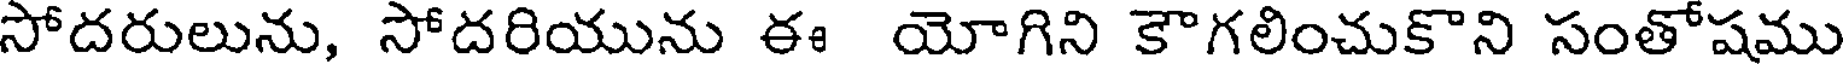
సోదరులును, సోదరియును ఈ యోగిని కౌగలించుకొని సంతోషము